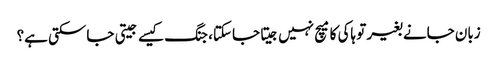
زبان جانے بغیر تو ہاکی کا میچ نہیں جیتا جاسکتا، جنگ کیسے جیتی جاسکتی ہے؟